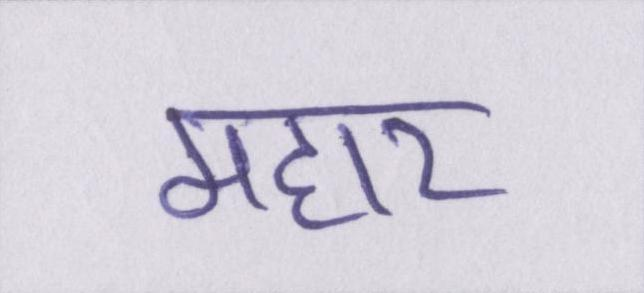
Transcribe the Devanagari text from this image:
महार